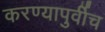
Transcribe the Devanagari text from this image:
करण्यापुर्वीच